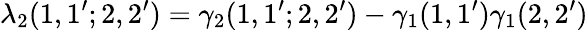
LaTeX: \lambda_{2}(1,1^{\prime};2,2^{\prime})=\gamma_{2}(1,1^{\prime};2,2^{\prime})-\gamma_{1}(1,1^{\prime})\gamma_{1}(2,2^{\prime})